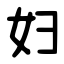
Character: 妇